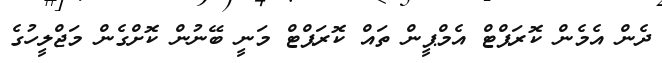
ދެން އެމެން ކޮރަޕްޓް އެމްޕީން ތައް ކޮރަޕްޓް މަނީ ބޭނުން ކޮށްގެން މަޖްލީހުގެ